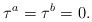
\begin{align*}\tau^a=\tau^b=0.\end{align*}